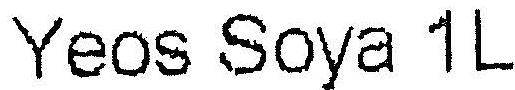
YEOS SOYA 1L